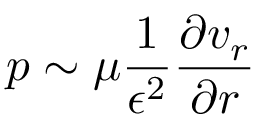
p \sim \mu \frac { 1 } { \epsilon ^ { 2 } } \frac { \partial v _ { r } } { \partial r }